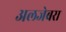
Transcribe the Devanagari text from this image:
अलजेबरा